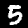
Label: 5